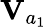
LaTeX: \mathbf V_{a_{1}}